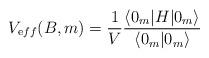
LaTeX: \begin{align*}V_{\mathrm eff}(B,m)= \frac {1} {V} \frac {\langle 0_m | H | 0_m \rangle } {\langle 0_m | 0_m \rangle}\end{align*}